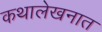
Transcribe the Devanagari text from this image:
कथालेखनात